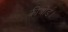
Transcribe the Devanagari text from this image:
कीबोर्ड।